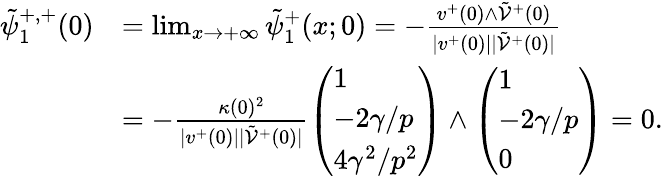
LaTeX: \begin{array}{rl}{\tilde{\psi}_{1}^{+,+}(0)}&{=\operatorname*{lim}_{x\to+\infty}\tilde{\psi}_{1}^{+}(x;0)=-\frac{v^{+}(0)\wedge\tilde{\mathcal{V}}^{+}(0)}{|v^{+}(0)||\tilde{\mathcal{V}}^{+}(0)|}}\\ &{=-\frac{\kappa(0)^{2}}{|v^{+}(0)||\tilde{\mathcal{V}}^{+}(0)|}\left(\begin{array}{l}{1}\\ {-2\gamma/p}\\ {4\gamma^{2}/p^{2}}\end{array}\right)\wedge\left(\begin{array}{l}{1}\\ {-2\gamma/p}\\ {0}\end{array}\right)=0.}\end{array}